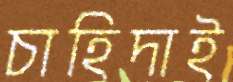
চাহিদাই